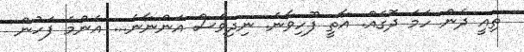
ތިއީ ދެން ހަމަ ދޮގެއް. އާތީ ފޫހިވާނެ. ނިދިވެސް އަންނާނެ... އެންމެ ފަހުން